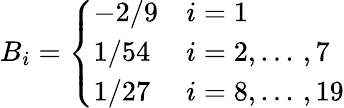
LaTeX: B_{i}=\left\{ \begin{array}{ll}{-2/9}&{i=1}\\ {1/54}&{i=2,...\, ,7}\\ {1/27}&{i=8,...\, ,19}\end{array}\right.